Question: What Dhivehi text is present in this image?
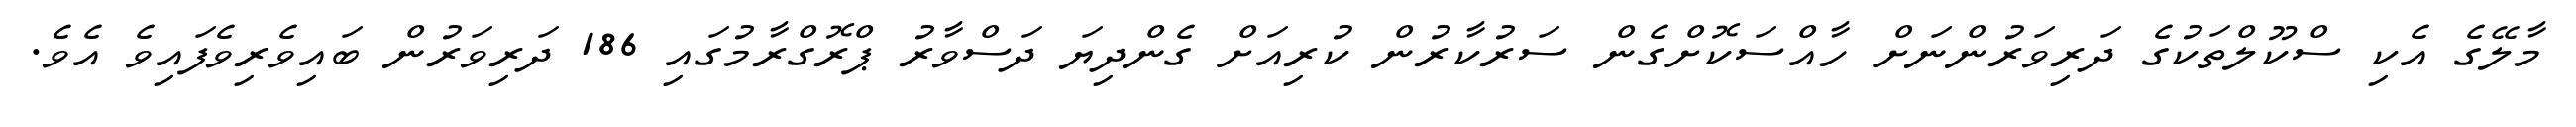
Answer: މާލޭގެ އެކި ސްކޫލްތަކުގެ ދަރިވަރުންނަށް ހާއްސަކޮށްގެން ސަރުކާރުން ކުރިއަށް ގެންދިޔަ ދަސްވާރު ޕްރޮގްރާމުގައި 186 ދަރިވަރުން ބައިވެރިވެފައިވެ އެވެ.